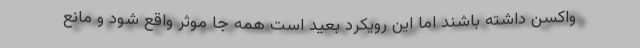
واکسن داشته باشند اما این رویکرد بعید است همه جا موثر واقع شود و مانع